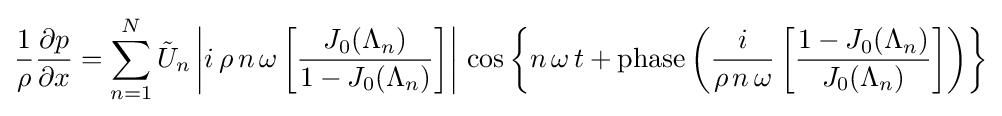
{\frac {1}{\rho }}{\frac {\partial p}{\partial x}}=\sum _{n=1}^{N}{\tilde {U}}_{n}\left|i\,\rho \,n\,\omega \left[{\frac {J_{0}(\Lambda _{n})}{1-J_{0}(\Lambda _{n})}}\right]\right|\,\cos \left\{n\,\omega \,t+\operatorname {phase} \left({\frac {i}{\rho \,n\,\omega }}\left[{\frac {1-J_{0}(\Lambda _{n})}{J_{0}(\Lambda _{n})}}\right]\right)\right\}